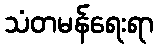
သံတမန်ရေးရာ